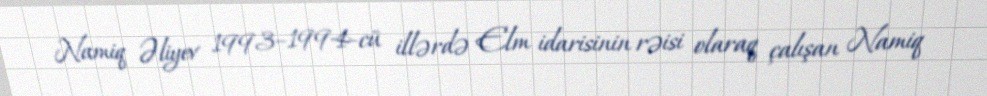
Namiq Əliyev 1993–1994-cü illərdə Elm idarisinin rəisi olaraq çalışan Namiq